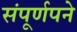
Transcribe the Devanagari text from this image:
संपूर्णपने